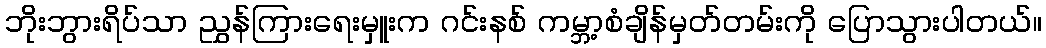
ဘိုးဘွားရိပ်သာ ညွှန်ကြားရေးမှူးက ဂင်းနစ် ကမ္ဘာ့စံချိန်မှတ်တမ်းကို ပြောသွားပါတယ်။